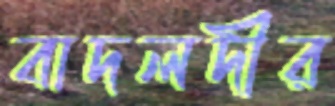
বাদলদীর